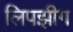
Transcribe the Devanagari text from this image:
लिपझीग